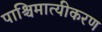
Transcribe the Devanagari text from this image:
पाश्चिमात्यीकरण